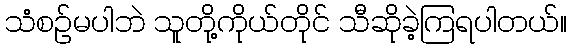
သံစဉ်မပါဘဲ သူတို့ကိုယ်တိုင် သီဆိုခဲ့ကြရပါတယ်။